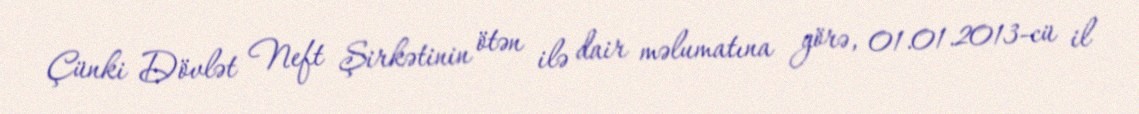
Çünki Dövlət Neft Şirkətinin ötən ilə dair məlumatına görə, 01.01.2013-cü il